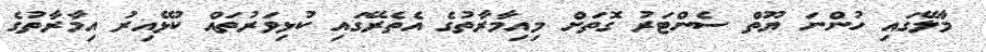
މާލޭގައި ހުންނަ ޔޫތް ސެންޓަރު ގޮތަށް މިއިމާރާތުގެ އެތެރޭގައި ކުޅިވަރުތައް ކުޅޭއިރު އިމާރާތުގެ